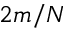
2 m / N